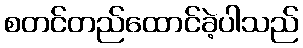
စတင်တည်ထောင်ခဲ့ပါသည်